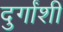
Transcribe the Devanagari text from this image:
दुर्गांशी